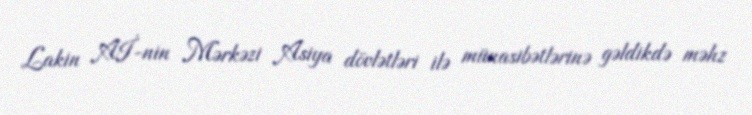
Lakin Aİ-nin Mərkəzi Asiya dövlətləri ilə münasibətlərinə gəldikdə məhz